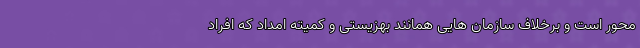
محور است و برخلاف سازمان هایی همانند بهزیستی و کمیته امداد که افراد